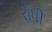
રોધી